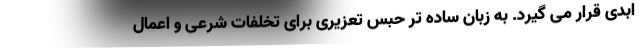
ابدی قرار می گیرد. به زبان ساده تر حبس تعزیری برای تخلفات شرعی و اعمال